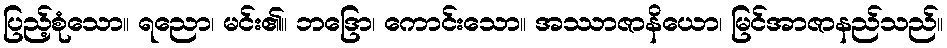
ပြည့်စုံသော။ ရညော၊ မင်း၏။ ဘဒြော၊ ကောင်းသော။ အဿာဇာနိယော၊ မြင်အာဇာနည်သည်။